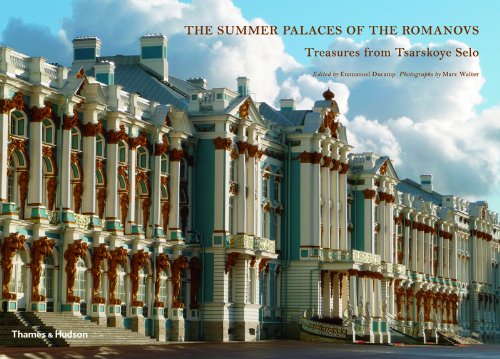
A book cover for The Summer Palaces of the Romanovs: Treasures from Tsarskoye Selo; Politics & Social Sciences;